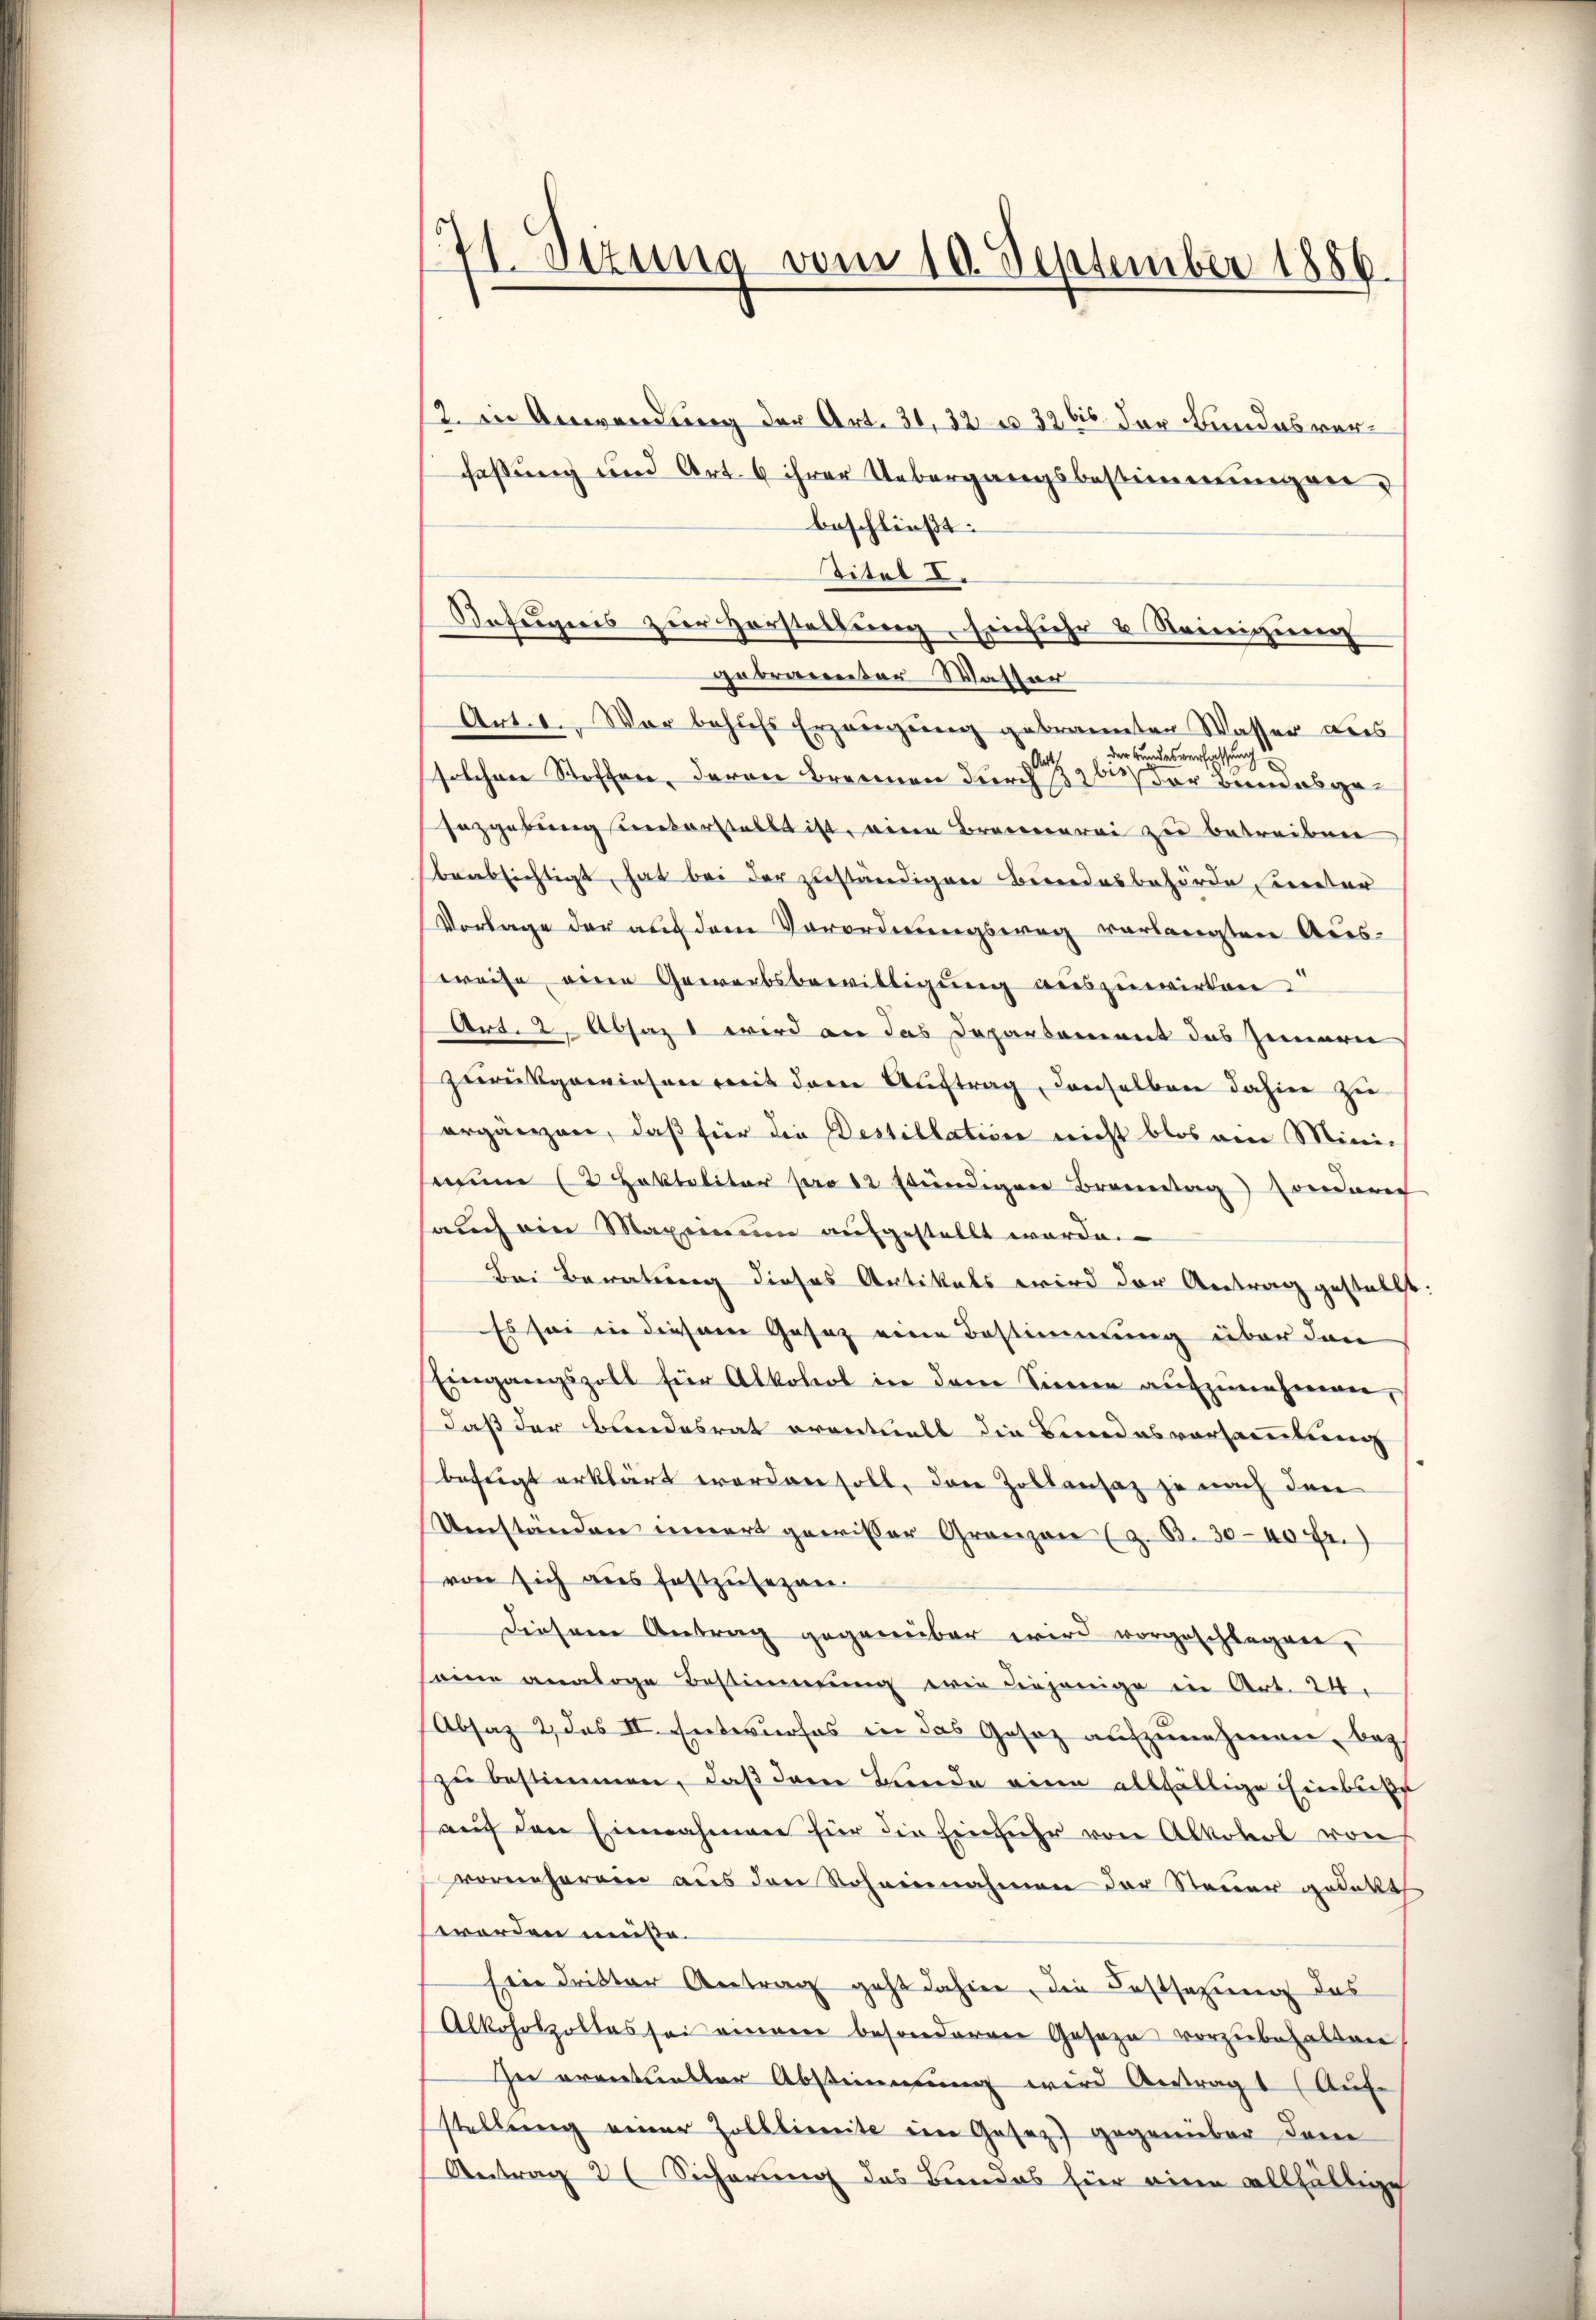
71. Jezung vom 10. September 1886.

2. in Anwendung der Art. 31, 32 u 32 bis der Bundesverfassung und Art. 6 ihrer Uebergangsbestimmungen
beschließt:
Citel d.
Befugnis zur Vorstellung Einfuhr & Reinigung
gebrannter Wasser
Art. 1. War behufs Erzeugung gebrannten Wasser aus
der Bundesverfassung
solchen Stoffen, daran Brennen durch 2 bis der Bundesge¬
Fazgebung unterstellt ist, eine Brennerei zu betreiben
beabsichtigt, hat bei der zuständigen Bundesbehörde Cretar
Vorlage der auf dem Verordnungsweg verlangten Aus-
weise eine Gewerbsbewilligung auszuwirken
Art. 2, Absaz wird an das Departament des Zimmerie
zurückgewiesen mit dem Auftrag, denselben dahier zi
ergänzen, daß für die Destillation nicht blos am Mini-
wun 2 Hoktaliter pro 12 stündigen Brenntag sonderer
auch ein Maximum aufgestellt werde.
Bei Beratung dieses Artikals wird der Antrag gestellt:
Es sei in diesem Gesaz eine Bestimmung über den
Eingangszoll für Alkohol in dem Sinnen aŭfzŭnehmen,
daß der Bundesrat eventuell die Bundesversammlung
beftigt erklärt werden soll, den Zollensaz je nach den
Umständen innert gewisser Gränzen (z. B. 30-40 fr.)
von sich aus festzŭsezen.
Diesem Antrag gegenüber wird vorgeschlagen,
seine analoge Bestimmung wie diejenige in Art. 24.
Absaz 2, das II. Entwurfes in das Gesetz aufzunehmen, bez
zu bestimmen, daß dem Bunde eine allfällige Einbuße
auf den Einnahmen für die Einfuhr von Alkohol von
vornherein aus den Scheinnahmen der Steuer gedekt.
worden müße.
Ein Dritter Antrag geht dahier, die Festsetzung des
Alkoholpoltes sei einem besonderer Geseze vorzŭbehalten
Ie eventueller Abstimmung wird Antragt (Auf
stellung einer Zolllimite im Gesezt gegenüber dere
Antrag 2 Sicherung des Bundes für eine allfällige